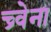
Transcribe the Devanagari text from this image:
च्र्वेना